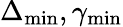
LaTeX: \Delta_{\mathrm{min}},\gamma_{\mathrm{min}}